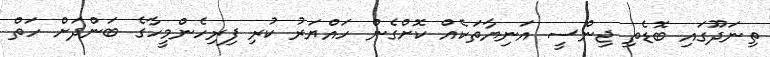
ތިނަދޫގައި ބޮޑެތި ޖިންސީ އަނިޔާތަކެއް ކޮށްގެން ހައްޔަރު ކުރި ފިރިހެންމީހާގެ ބަންދަށް ހަތް